Indian journal of veterinary science and animal husbandry - Volume 6,
Year: 1936
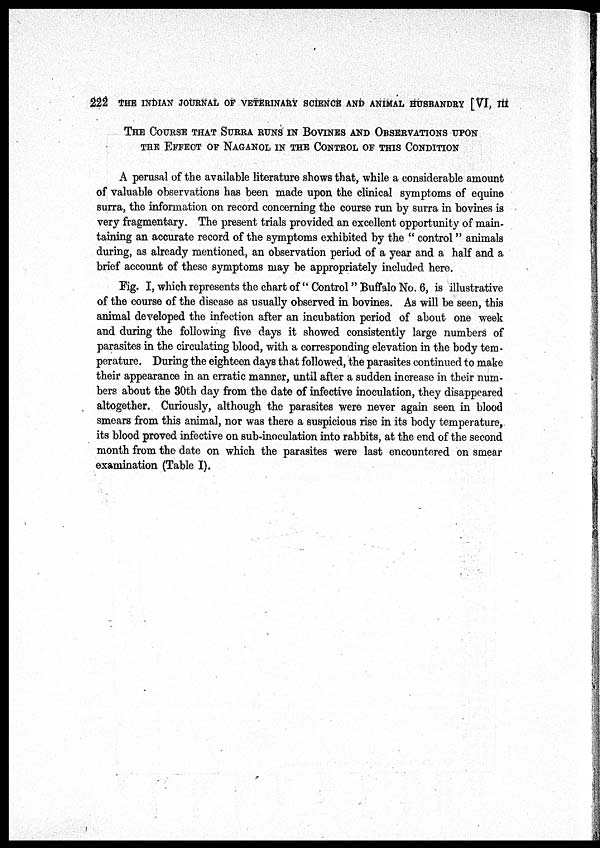
222 THE INDIAN JOURNAL OF VETERINARY SCIENCE AND ANIMAL HUSBANDRY [VI, III
THE COURSE THAT SURRA RUNS IN BOVINES AND OBSERVATIONS UPON
THE EFFECT OF NAGANOL IN THE CONTROL OF THIS CONDITION
A perusal of the available literature shows that, while a considerable amount
of valuable observations has been made upon the clinical symptoms of equine
surra, the information on record concerning the course run by surra in bovines is
very fragmentary. The present trials provided an excellent opportunity of main-
taining an accurate record of the symptoms exhibited by the " control " animals
during, as already mentioned, an observation period of a year and a half and a
brief account of these symptoms may be appropriately included here.
Fig. I, which represents the chart of " Control "Buffalo No. 6, is illustrative
of the course of the disease as usually observed in bovines. As will be seen, this
animal developed the infection after an incubation period of about one week
and during the following five days it showed consistently large numbers of
parasites in the circulating blood, with a corresponding elevation in the body tem-
perature. During the eighteen days that followed, the parasites continued to make
their appearance in an erratic manner, until after a sudden increase in their num-
bers about the 30th day from the date of infective inoculation, they disappeared
altogether. Curiously, although the parasites were never again seen in blood
smears from this animal, nor was there a suspicious rise in its body temperature,
its blood proved infective on sub-inoculation into rabbits, at the end of the second
month from the date on which the parasites were last encountered on smear
examination (Table I).